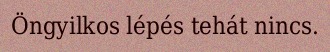
Öngyilkos lépés tehát nincs.